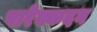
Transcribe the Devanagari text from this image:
पारेक्कदन